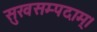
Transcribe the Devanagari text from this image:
सुखसम्पदाम्‌।